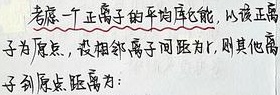
考虑一个正离子的平均库能，以该正离子为原点，设相邻离子间距为 \(r\)，则其他离子到原点距离为：